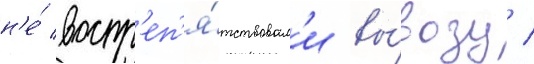
н'е́ воспр'еп'я́тствовал'и вы́возу /